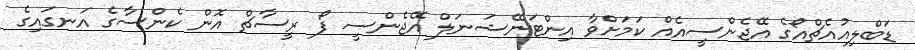
ޑަބްލިއުއެޗްއޯގެ އޭޖެންސީއެއް ކަމަށްވާ އިންޓަނޭޝަނަލް އޭޖެންސީ ފޯ ރީސާޗް އޮން ކެންސާގެ އަނގައިގެ